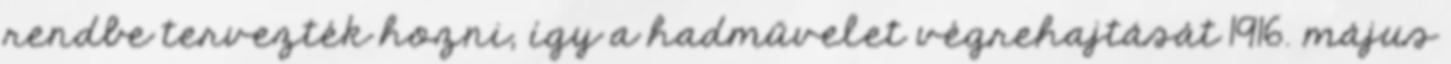
rendbe tervezték hozni, így a hadművelet végrehajtását 1916. május